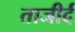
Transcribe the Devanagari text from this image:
ताजीर्द